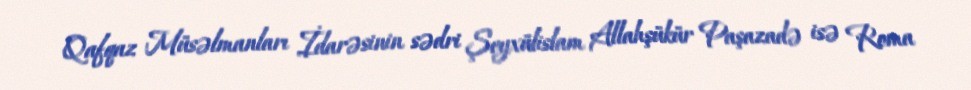
Qafqaz Müsəlmanları İdarəsinin sədri Şeyxülislam Allahşükür Paşazadə isə Roma